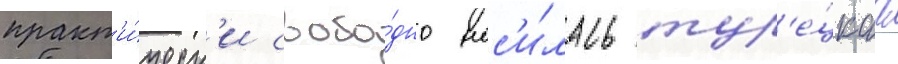
практ'и́ческ'и свобо́дно нос'и́лась тур'е́цкаа